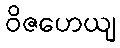
ဝိဇဟေယျ